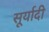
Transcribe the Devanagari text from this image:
सूर्यादी